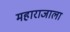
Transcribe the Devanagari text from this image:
महाराजाला